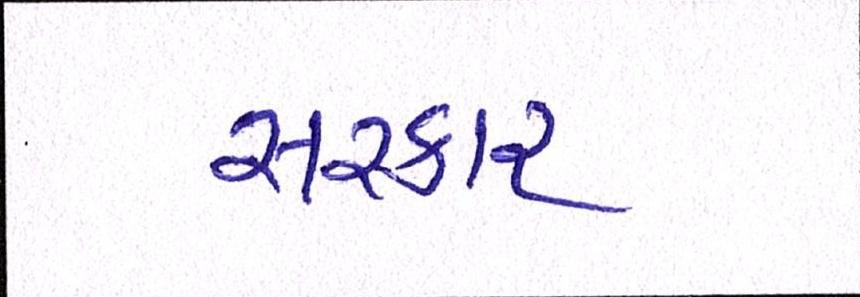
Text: સરકાર